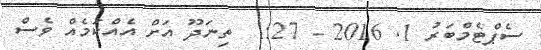
ސެޕްޓެމްބަރު 1